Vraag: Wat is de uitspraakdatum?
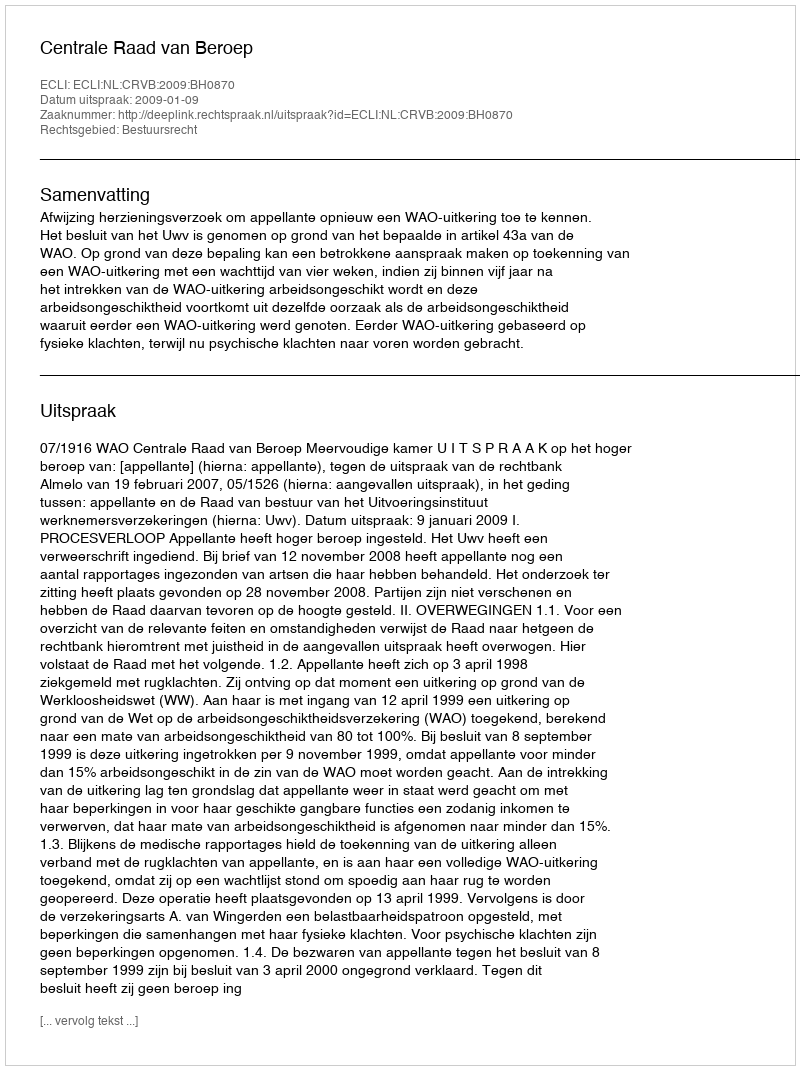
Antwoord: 2009-01-09